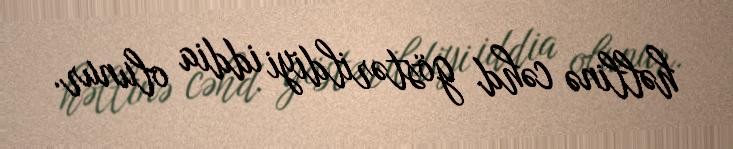
həllinə cəhd göstərildiyi iddia olunur.